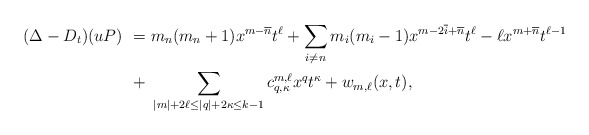
\begin{align*}(\Delta - D_t)(uP)\ =\ & m_n (m_{n}+1)x^{m-\overline{n}} t^\ell + \sum_{i \neq n} m_i (m_i - 1) x^{m - 2 \overline{i} + \overline{n}} t^\ell - \ell x^{m+ \overline{n}} t^{\ell-1}\\ +\ & \sum_{|m| + 2\ell \leq |q| + 2\kappa \leq k-1} c^{m ,\ell}_{q,\kappa} x^q t^\kappa + w_{m,\ell}(x,t),\end{align*}